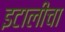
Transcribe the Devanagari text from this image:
इटालीचा